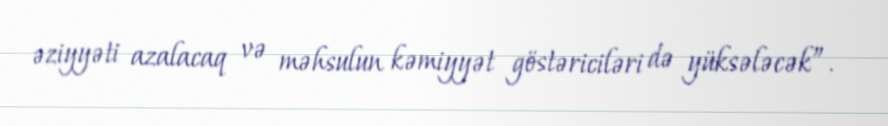
əziyyəti azalacaq və məhsulun kəmiyyət göstəriciləri də yüksələcək”.